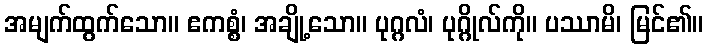
အမျက်ထွက်သော။ ဧကစ္စံ၊ အချို့သော။ ပုဂ္ဂလံ၊ ပုဂ္ဂိုလ်ကို။ ပဿာမိ၊ မြင်၏။